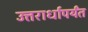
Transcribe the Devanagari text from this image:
उत्तरार्धापर्यंत